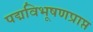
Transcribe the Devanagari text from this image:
पद्मविभूषणप्राप्त